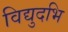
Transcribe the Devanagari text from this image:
विद्युदभि